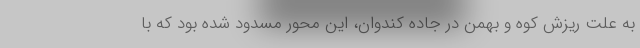
به علت ریزش کوه و بهمن در جاده کندوان، این محور مسدود شده بود که با